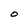
Character: O